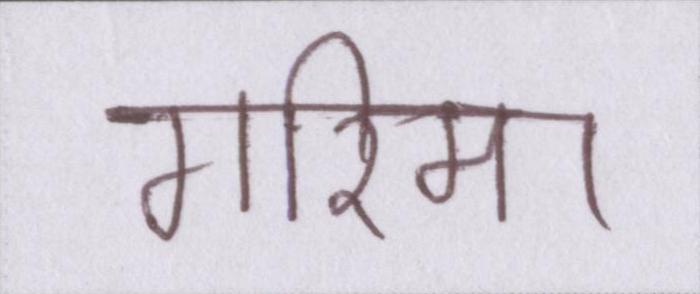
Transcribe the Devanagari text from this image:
गरिमा